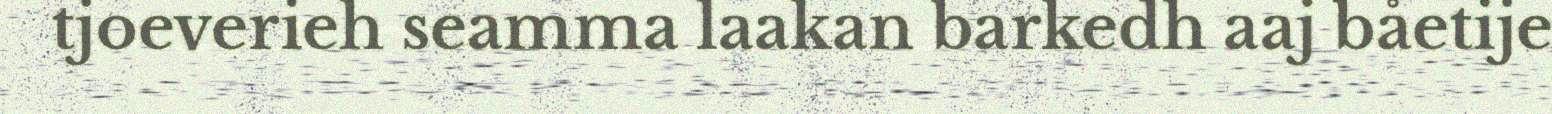
tjoeverieh seamma laakan barkedh aaj båetije